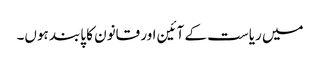
میں ریاست کے آئین اور قانون کا پابند ہوں۔